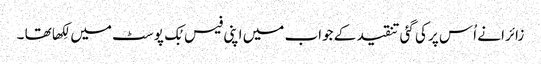
زائرا نے اُس پر کی گئی تنقید کے جواب میں اپنی فیس بُک پوسٹ میں لِکھا تھا ۔